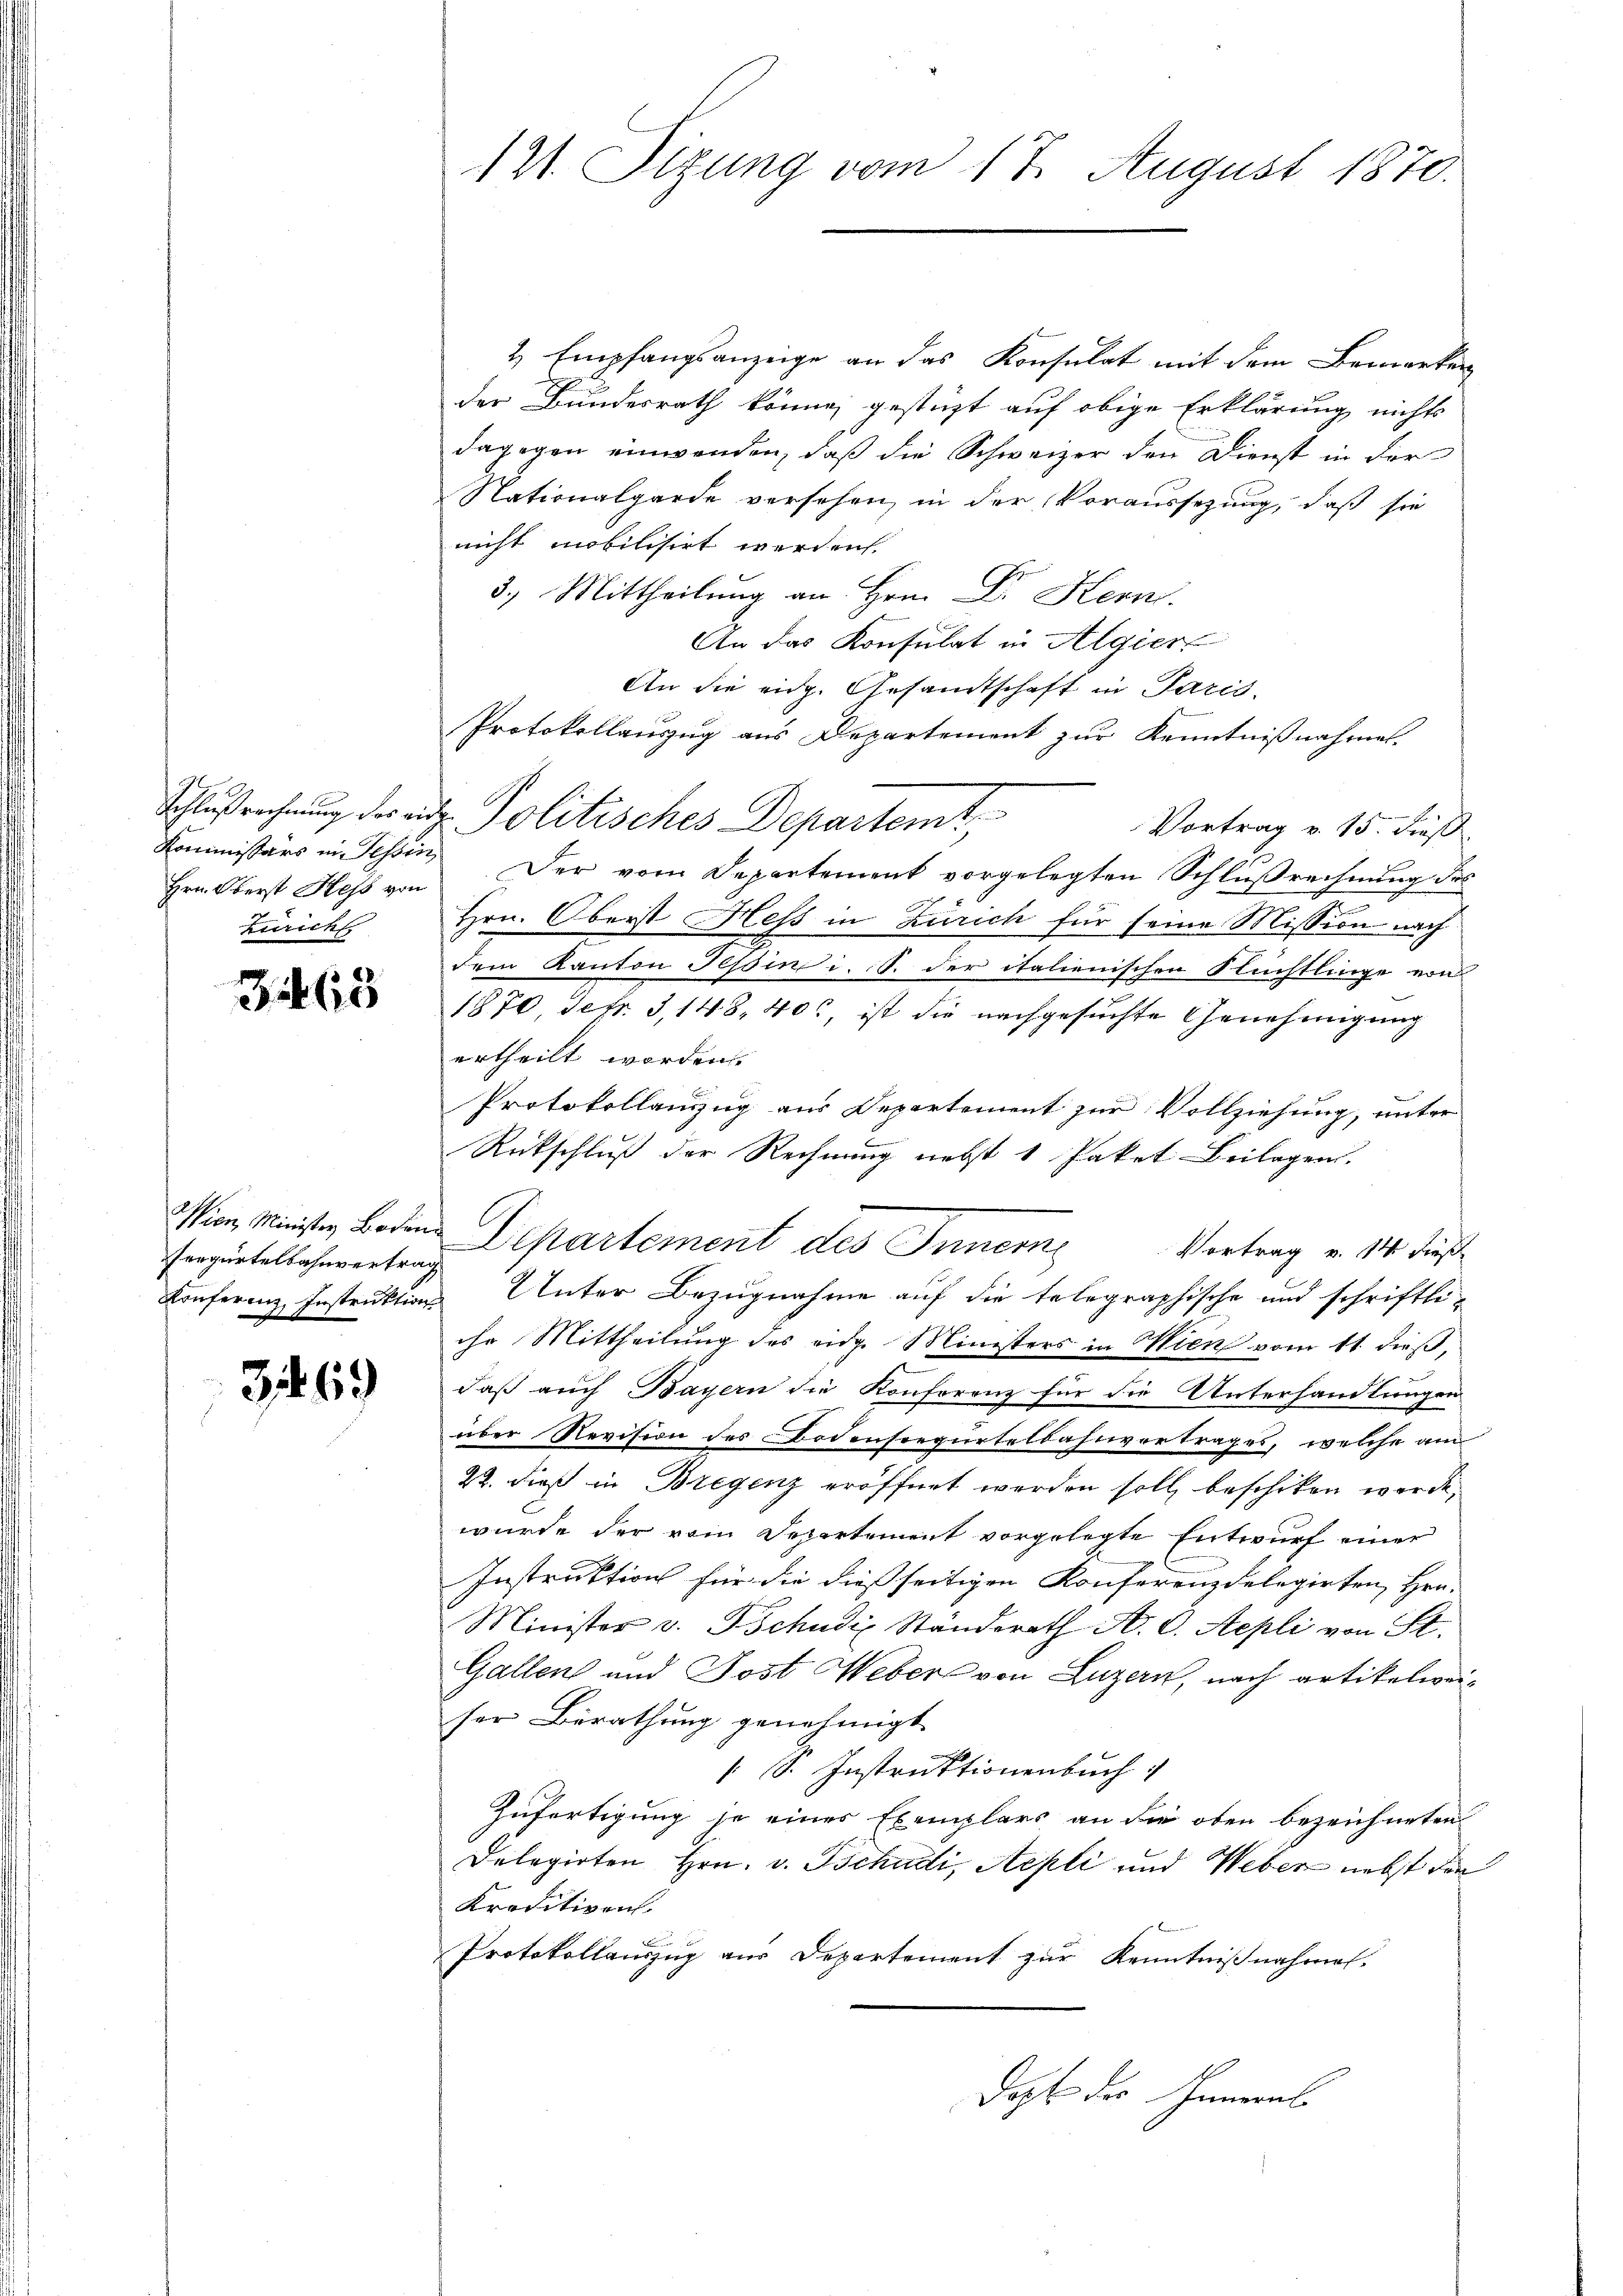
Hrn. Oberst Hess von
Zürich

3463

fargurtelbahnvertrag

3169

121. Sizung vom 17. August 1870.

2 Empfangsanzeige an das Konsulat mit dem Bemerken
der Bundesrath könne, gestüzt auf obige Erklärung nichts
dagegen einwenden, daß die Schweizer den Dienst in der
Nationalgarde versehen, in der Voraussezung, daß sie
nicht mobilisirt werden.
3.) Mittheilung an Hrn. Dr. Hern.
An das Konsulat in Algier
An die eidg. Gesamtschaft in Paris.
Protokollauszug aus Departement zur Kenntnißnahmen.
Schlußrechnung der eit. Politisches Departemt,
Vortrag v. 15. dieß
Kommissärs in Tessin, Der vom Departement vorgelegten Schlŭβrechnŭng des
5
Hrn. Oberst Hess in Zürich für seine Mission nach
dem Kanton Tessind i. S. der italienischen Flüchtlinge von
1870, Sekr. 3,148, 403, ist die nachgesuchte Genehmigung
urtheilt worden.
Protokollanzug aus Departement zur Vollziehung, unter
Rütschluß der Rechnung nebst 1 Paket Beilagen.
Mion, Minister Boden Departement des Innern
Vortrag v. 14 dieß
Konferenz Instruktions Unter Bezugnahme auf die telegraphische und schriftli-
ihr Mittheilung des eidg. Ministers in Wien vom 11. dieß,
daß auch Bayern die Konferenz für die Unterhandlungen
über Revision des Bodensregürtelbahnvertrages, welche am
22. dieß in Bregenz eröffnet werden soll, beschiken werde,
wurde der vom Departement vorgelegte Entwurf einer
Instruktion für die dießseitigen Konferenz delegirten Hrn.
Minister v. Tschudix Ständerath A. C. Sepli von St.
Gallen und Post Weber von Luzern, nach artikelweiser Berathung genehmigt
s. Instruktionenbuch
Zufertigung je eines Exemplars an die oben bezeichneten
Delegirten Hrn. v. Tschudi, Aepli und Weber nebst den
Kreditiven
Protokollauszug aus Departement zur Kenntnißnahmen.
Doch des Innerel